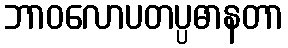
ဘာဝလောပတပ္ပဓာနတာ